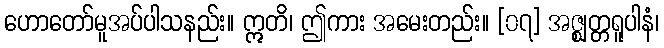
ဟောတော်မူအပ်ပါသနည်း။ ဣတိ၊ ဤကား အမေးတည်း။ [၀၇] အဇ္ဈတ္တရူပါနံ၊